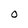
Character: O